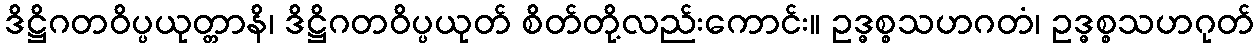
ဒိဋ္ဌိဂတဝိပ္ပယုတ္တာနိ၊ ဒိဋ္ဌိဂတဝိပ္ပယုတ် စိတ်တို့လည်းကောင်း။ ဥဒ္ဓစ္စသဟဂတံ၊ ဥဒ္ဓစ္စသဟဂုတ်